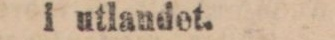
i utlandet.